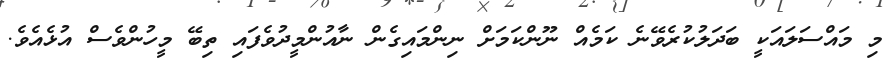
މި މައްސަލައަކީ ބަދަލުކުރެވޭނެ ކަމެއް ނޫންކަމަށް ނިންމައިގެން ނާއުންމީދުވެފައި ތިބޭ މީހުންވެސް އުޅެއެވެ.